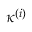
\kappa ^ { ( i ) }